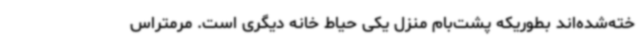
خته‌شده‌اند بطوریکه پشت‌بام منزل یکی حیاط خانه دیگری است. مرمتراس